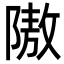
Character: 隞